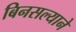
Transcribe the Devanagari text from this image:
बिनसल्याने